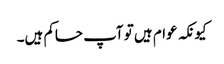
کیونکہ عوام ہیں تو آپ حاکم ہیں۔